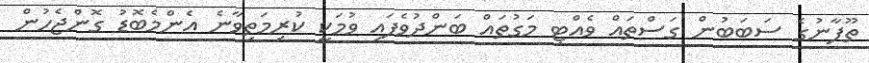
ތޫފާނުގެ ސަބަބުން ގަސްތައް ވެއްޓި މަގުތައް ބަންދުވެފައި ވުމަކީ ކުރިމަތިވާނެ އެންމެބޮޑު ގޮންޖެހުން